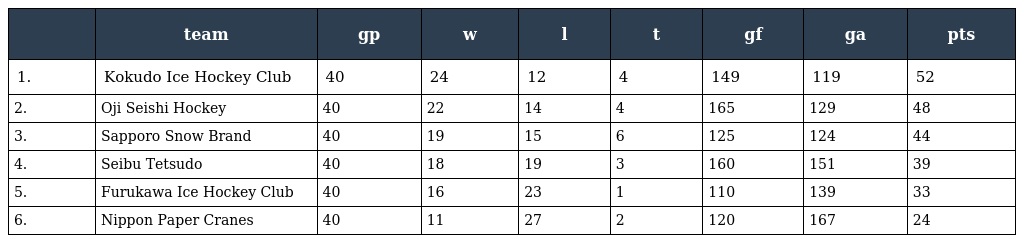
|  | team | gp | w | l | t | gf | ga | pts |
 | --- | --- | --- | --- | --- | --- | --- | --- | --- |
 | 1. | Kokudo Ice Hockey Club | 40 | 24 | 12 | 4 | 149 | 119 | 52 |
 | 2. | Oji Seishi Hockey | 40 | 22 | 14 | 4 | 165 | 129 | 48 |
 | 3. | Sapporo Snow Brand | 40 | 19 | 15 | 6 | 125 | 124 | 44 |
 | 4. | Seibu Tetsudo | 40 | 18 | 19 | 3 | 160 | 151 | 39 |
 | 5. | Furukawa Ice Hockey Club | 40 | 16 | 23 | 1 | 110 | 139 | 33 |
 | 6. | Nippon Paper Cranes | 40 | 11 | 27 | 2 | 120 | 167 | 24 |